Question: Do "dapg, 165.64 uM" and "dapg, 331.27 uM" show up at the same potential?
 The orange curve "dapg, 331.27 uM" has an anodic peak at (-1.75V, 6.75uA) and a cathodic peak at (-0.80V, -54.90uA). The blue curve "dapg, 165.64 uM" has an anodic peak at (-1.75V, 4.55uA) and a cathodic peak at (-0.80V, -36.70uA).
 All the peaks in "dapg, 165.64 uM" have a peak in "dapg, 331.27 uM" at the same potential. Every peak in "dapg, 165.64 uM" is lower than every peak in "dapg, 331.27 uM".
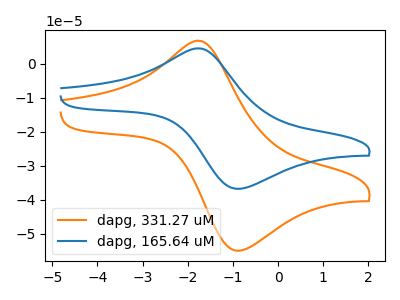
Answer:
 <answer>"dapg, 165.64 uM" and "dapg, 331.27 uM" are similar in shape.</answer>
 <eval>same_shape</eval>